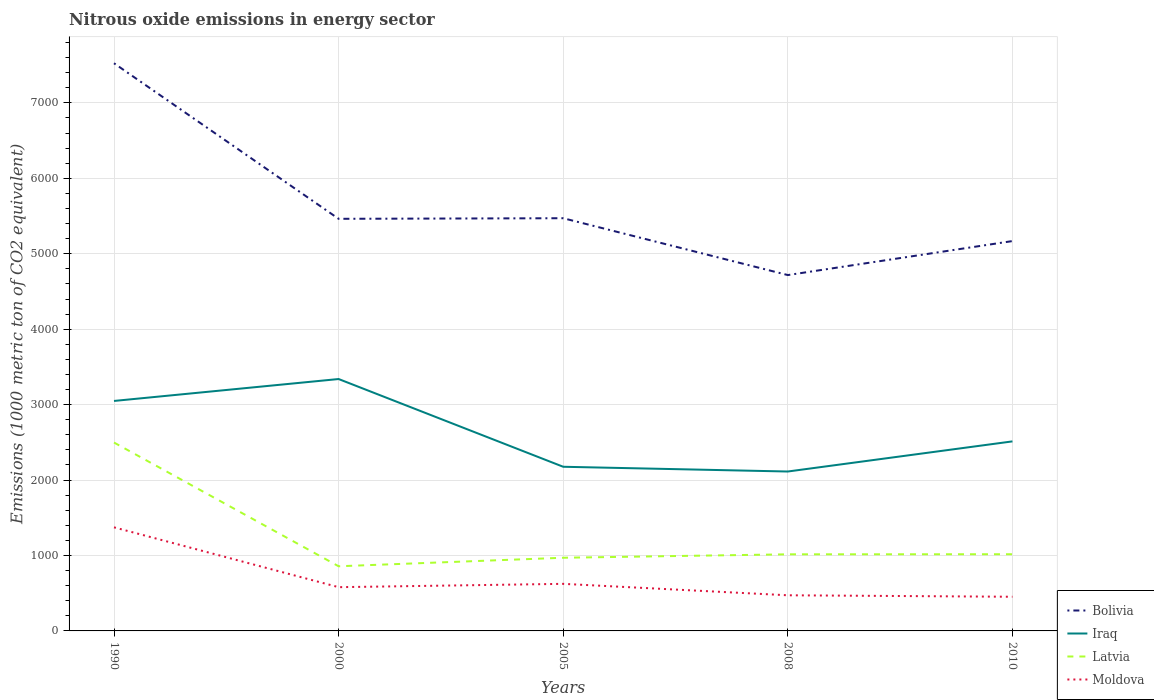
| Years | Bolivia | Iraq | Latvia | Moldova |
 | --- | --- | --- | --- | --- |
 | 1990 | 7.53e+03 | 3.05e+03 | 2.5e+03 | 1.37e+03 |
 | 2000 | 5.46e+03 | 3.34e+03 | 857 | 580 |
 | 2005 | 5.47e+03 | 2.18e+03 | 970 | 624 |
 | 2008 | 4.72e+03 | 2.11e+03 | 1.02e+03 | 472 |
 | 2010 | 5.17e+03 | 2.51e+03 | 1.02e+03 | 453 |